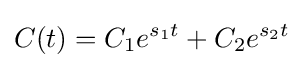
C(t)=C_{1}e^{s_{1}t}+C_{2}e^{s_{2}t}